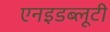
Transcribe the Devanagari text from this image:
एनइडब्लूटी